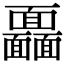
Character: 𩉖